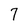
Character: 7